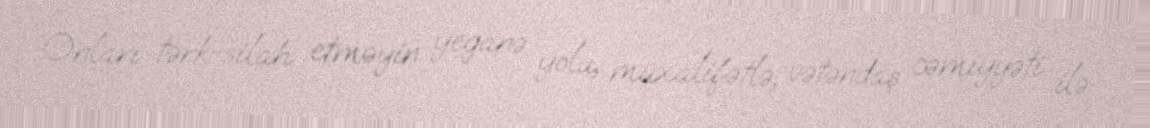
Onları tərk-silah etməyin yeganə yolu, müxalifətlə, vətəndaş cəmiyyəti ilə